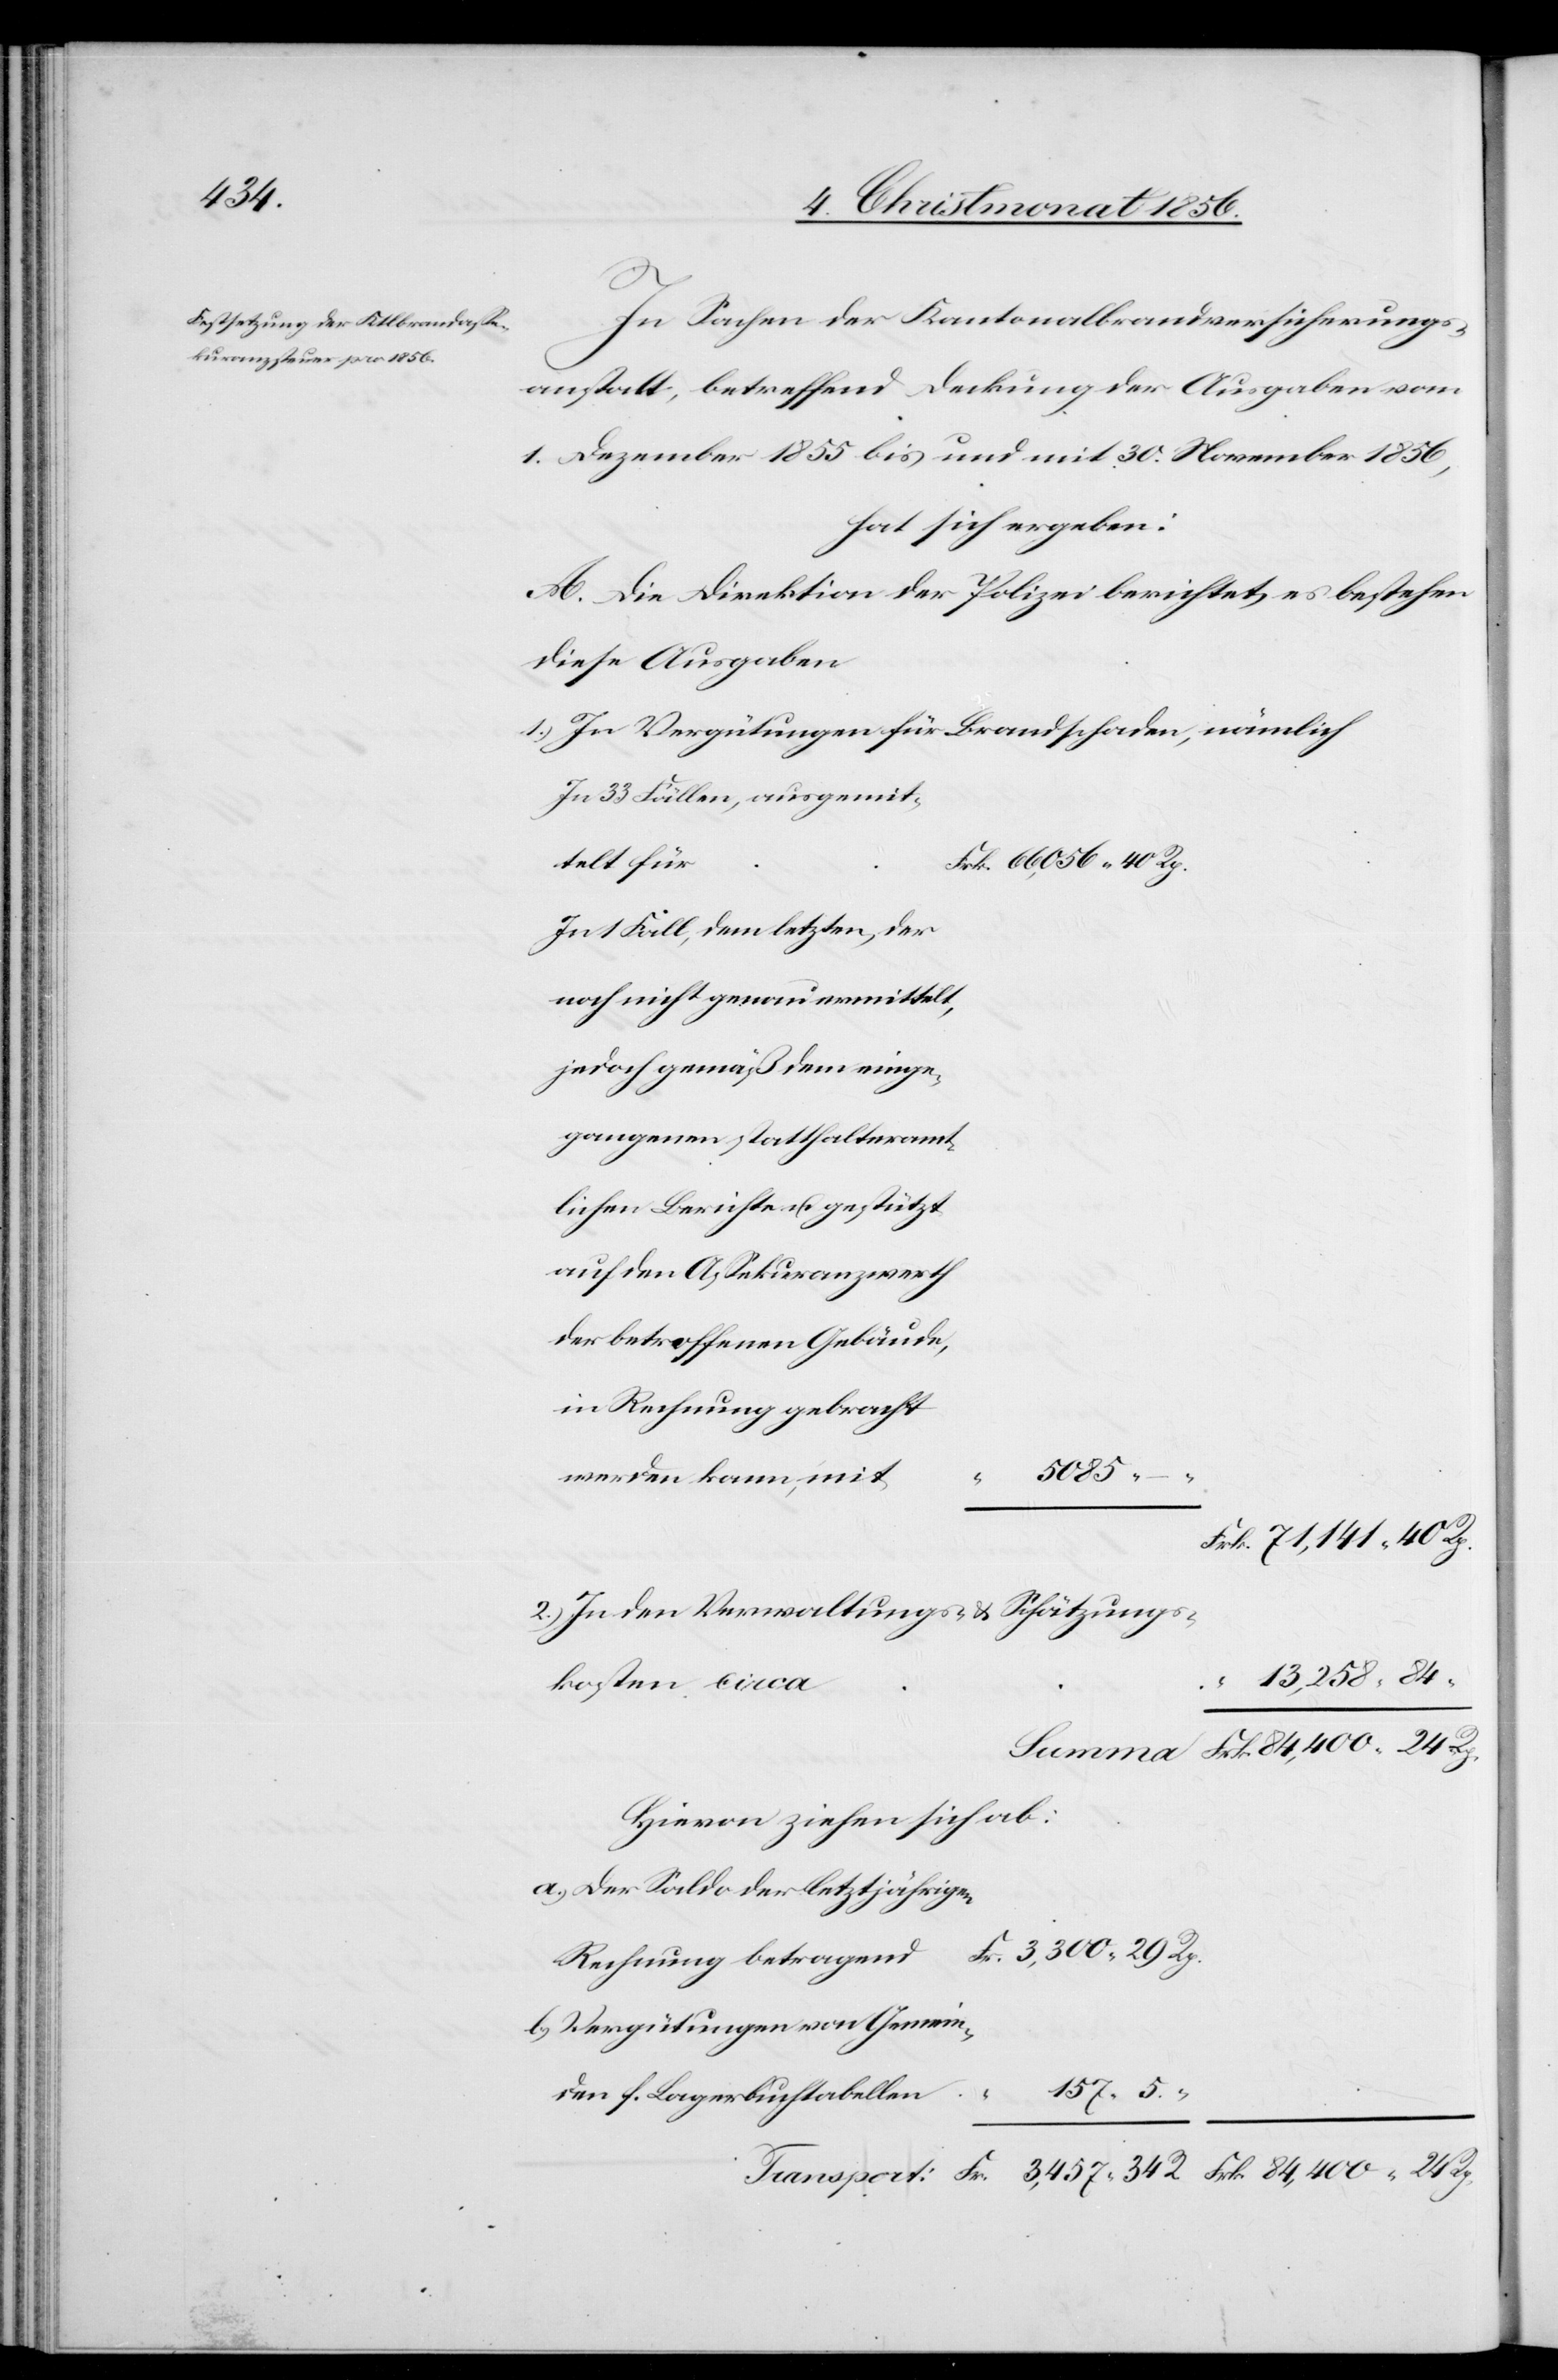
157.

In Sachen der Kantonalbrandversicherungs¬
anstalt, betreffend Deckung der Ausgaben vom
1. Dezember 1855 bis und mit 30. November 1856,
hat sich ergeben:
A. Die Direktion der Polizei berichtet, es bestehen
diese Ausgaben
In Vergütungen für Brandschaden, nämlich
In 33 Fällen, ausgemit¬
telt für
In 1 Fall, dem letzten, der
noch nicht genau ermittelt,
jedoch gemäß dem einge¬
gangenen statthalteramt¬
lichen Berichte u. gestützt
auf den Assekuranzwerth
der betroffenen Gebäude,
in Rechnung gebracht
5085.
werden kann, mit
5.
In den Verwaltungs- & Schätzungs¬
kosten circa
Hievon ziehen sich ab:
der Saldo der letztjährigen
Vergütungen von Gemein¬
den f. Lagerbuchtabellen